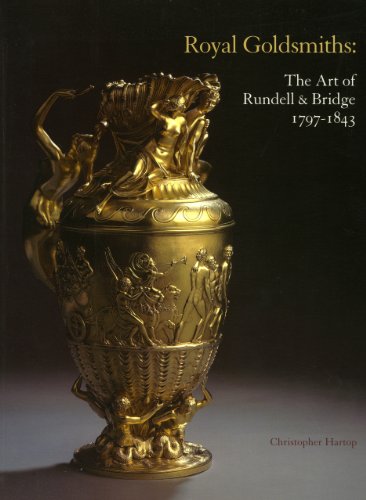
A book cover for Royal Goldsmiths: The Art of Rundell & Bridge 1797-1843; Christopher Hartop; Crafts, Hobbies & Home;